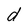
Character: d